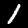
Label: 1